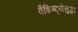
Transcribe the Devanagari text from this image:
वैशिष्ट्येसुद्धा